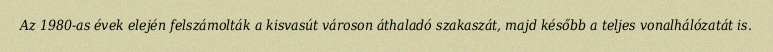
Az 1980-as évek elején felszámolták a kisvasút városon áthaladó szakaszát, majd később a teljes vonalhálózatát is.